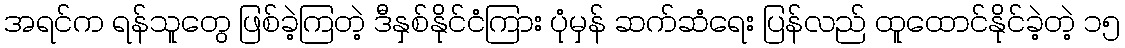
အရင်က ရန်သူတွေ ဖြစ်ခဲ့ကြတဲ့ ဒီနှစ်နိုင်ငံကြား ပုံမှန် ဆက်ဆံရေး ပြန်လည် ထူထောင်နိုင်ခဲ့တဲ့ ၁၅